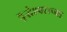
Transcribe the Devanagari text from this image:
वृद्धेश्वराच्या